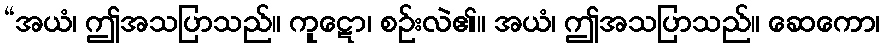
“အယံ၊ ဤအသပြာသည်။ ကူဋော၊ စဉ်းလဲ၏။ အယံ၊ ဤအသပြာသည်။ ဆေကော၊